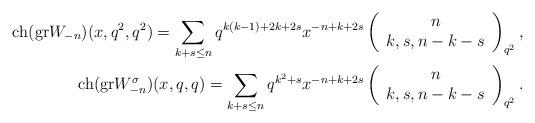
LaTeX: \begin{align*}{\rm ch} ({\rm gr} W_{-n})(x,q^2,q^2)=\sum_{k+s\le n} q^{k(k-1)+2k+2s} x^{-n+k+2s} \left(\begin{array}{c} n\\ k,s,n-k-s\\ \end{array}\right)_{q^2},\\{\rm ch}({\rm gr} W^\sigma_{-n})(x,q,q)=\sum_{k+s\le n} q^{k^2+s}x^{-n+k+2s} \left(\begin{array}{c} n\\ k,s,n-k-s\\ \end{array}\right)_{q^2}.\end{align*}